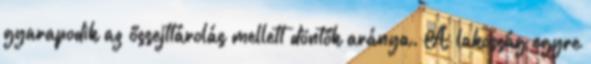
gyarapodik az őssejttárolás mellett döntők aránya. A lakosság egyre